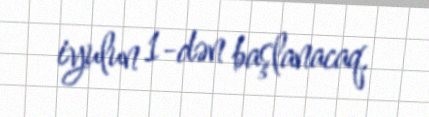
iyulun 1-dən başlanacaq.